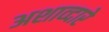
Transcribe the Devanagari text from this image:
अशाव्दारे